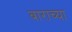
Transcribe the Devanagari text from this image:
बाराच्या